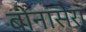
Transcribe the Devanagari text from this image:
बोनासेरा